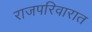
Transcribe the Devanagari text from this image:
राजपरिवारात